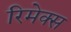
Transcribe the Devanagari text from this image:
रिमेक्स